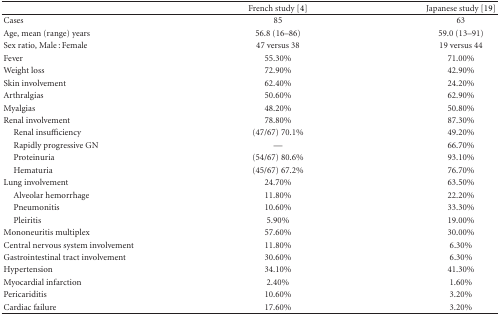
<table><thead><tr><td></td><td><b>French study [4]</b></td><td><b>Japanese study [19]</b></td></tr></thead><tbody><tr><td>Cases</td><td>85</td><td>63</td></tr><tr><td>Age, mean (range) years</td><td>56.8 (16–86)</td><td>59.0 (13–91)</td></tr><tr><td>Sex ratio, Male : Female</td><td>47 versus 38</td><td>19 versus 44</td></tr><tr><td>Fever</td><td>55.30%</td><td>71.00%</td></tr><tr><td>Weight loss</td><td>72.90%</td><td>42.90%</td></tr><tr><td>Skin involvement</td><td>62.40%</td><td>24.20%</td></tr><tr><td>Arthralgias</td><td>50.60%</td><td>62.90%</td></tr><tr><td>Myalgias</td><td>48.20%</td><td>50.80%</td></tr><tr><td>Renal involvement</td><td>78.80%</td><td>87.30%</td></tr><tr><td> Renal insufficiency</td><td>(47/67) 70.1%</td><td>49.20%</td></tr><tr><td> Rapidly progressive GN</td><td>—</td><td>66.70%</td></tr><tr><td> Proteinuria</td><td>(54/67) 80.6%</td><td>93.10%</td></tr><tr><td> Hematuria</td><td>(45/67) 67.2%</td><td>76.70%</td></tr><tr><td>Lung involvement</td><td>24.70%</td><td>63.50%</td></tr><tr><td> Alveolar hemorrhage</td><td>11.80%</td><td>22.20%</td></tr><tr><td> Pneumonitis</td><td>10.60%</td><td>33.30%</td></tr><tr><td> Pleiritis</td><td>5.90%</td><td>19.00%</td></tr><tr><td>Mononeuritis multiplex</td><td>57.60%</td><td>30.00%</td></tr><tr><td>Central nervous system involvement</td><td>11.80%</td><td>6.30%</td></tr><tr><td>Gastrointestinal tract involvement</td><td>30.60%</td><td>6.30%</td></tr><tr><td>Hypertension</td><td>34.10%</td><td>41.30%</td></tr><tr><td>Myocardial infarction</td><td>2.40%</td><td>1.60%</td></tr><tr><td>Pericariditis</td><td>10.60%</td><td>3.20%</td></tr><tr><td>Cardiac failure</td><td>17.60%</td><td>3.20%</td></tr></tbody></table>